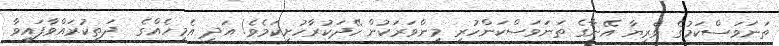
ތަނަވަސްކަމުގެ ވެރިޔާ އޭނާގެ ތަނަވަސްކަންހުރި މިންވަރަކުން ހޭދަކުރާހުށިކަމެވެ! އަދި އެމީހެއްގެ  ދަތިކުރައްވާފައިވާ